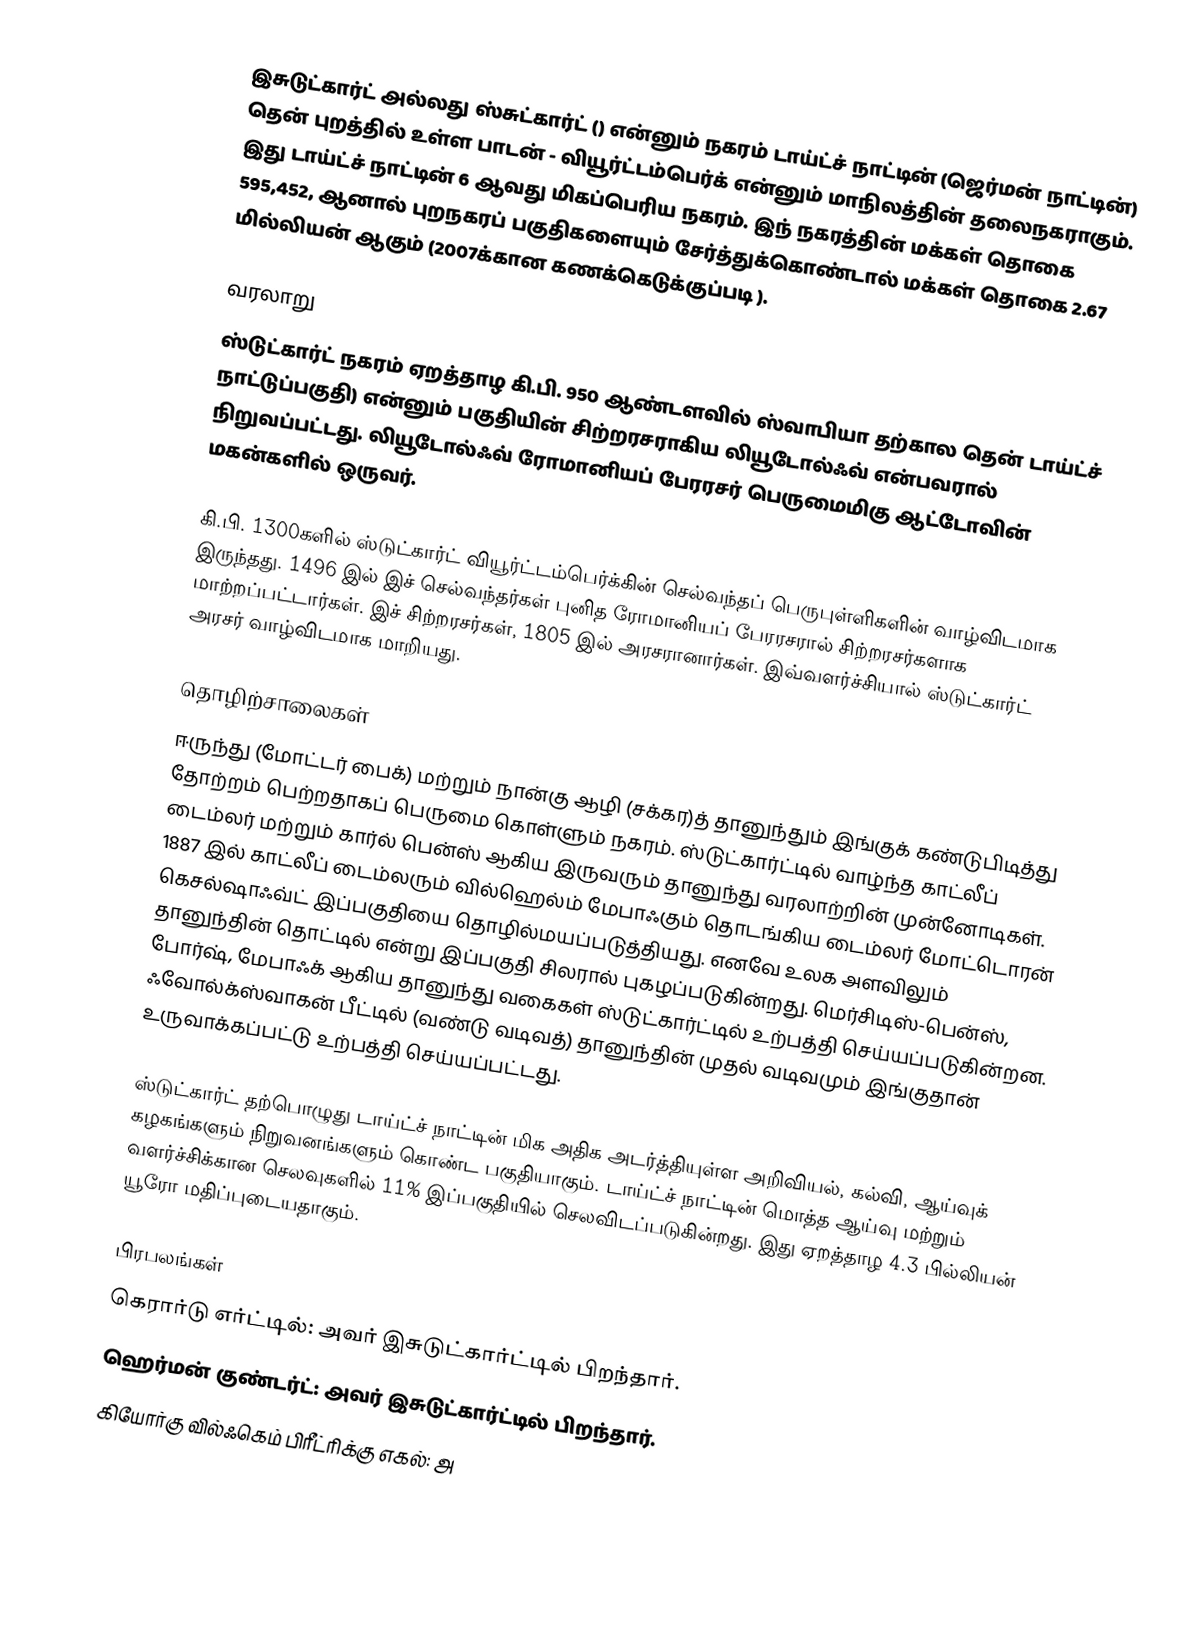
இசுடுட்கார்ட் அல்லது ஸ்சுட்கார்ட் () என்னும் நகரம் டாய்ட்ச் நாட்டின் (ஜெர்மன் நாட்டின்) தென் புறத்தில் உள்ள பாடன் - வியூர்ட்டம்பெர்க் என்னும் மாநிலத்தின் தலைநகராகும். இது டாய்ட்ச் நாட்டின் 6 ஆவது மிகப்பெரிய நகரம். இந் நகரத்தின் மக்கள் தொகை 595,452, ஆனால் புறநகரப் பகுதிகளையும் சேர்த்துக்கொண்டால் மக்கள் தொகை 2.67 மில்லியன் ஆகும் (2007க்கான கணக்கெடுக்குப்படி ).

வரலாறு
ஸ்டுட்கார்ட் நகரம் ஏறத்தாழ கி.பி. 950 ஆண்டளவில் ஸ்வாபியா தற்கால தென் டாய்ட்ச் நாட்டுப்பகுதி) என்னும் பகுதியின் சிற்றரசராகிய லியூடோல்ஃவ் என்பவரால் நிறுவப்பட்டது. லியூடோல்ஃவ் ரோமானியப் பேரரசர் பெருமைமிகு ஆட்டோவின் மகன்களில் ஒருவர்.

கி.பி. 1300களில் ஸ்டுட்கார்ட் வியூர்ட்டம்பெர்க்கின் செல்வந்தப் பெருபுள்ளிகளின் வாழ்விடமாக இருந்தது. 1496 இல் இச் செல்வந்தர்கள் புனித ரோமானியப் பேரரசரால் சிற்றரசர்களாக மாற்றப்பட்டார்கள். இச் சிற்றரசர்கள், 1805 இல் அரசரானார்கள். இவ்வளர்ச்சியால் ஸ்டுட்கார்ட் அரசர் வாழ்விடமாக மாறியது.

தொழிற்சாலைகள்
ஈருந்து (மோட்டர் பைக்) மற்றும் நான்கு ஆழி (சக்கர)த் தானுந்தும் இங்குக் கண்டுபிடித்து தோற்றம் பெற்றதாகப் பெருமை கொள்ளும் நகரம். ஸ்டுட்கார்ட்டில் வாழ்ந்த காட்லீப் டைம்லர் மற்றும் கார்ல் பென்ஸ் ஆகிய இருவரும் தானுந்து வரலாற்றின் முன்னோடிகள். 1887 இல் காட்லீப் டைம்லரும் வில்ஹெல்ம் மேபாஃகும் தொடங்கிய டைம்லர் மோட்டொரன் கெசல்ஷாஃவ்ட் இப்பகுதியை தொழில்மயப்படுத்தியது. எனவே உலக அளவிலும் தானுந்தின் தொட்டில் என்று இப்பகுதி சிலரால் புகழப்படுகின்றது. மெர்சிடிஸ்-பென்ஸ், போர்ஷ், மேபாஃக் ஆகிய தானுந்து வகைகள் ஸ்டுட்கார்ட்டில் உற்பத்தி செய்யப்படுகின்றன. ஃவோல்க்ஸ்வாகன் பீட்டில் (வண்டு வடிவத்) தானுந்தின் முதல் வடிவமும் இங்குதான் உருவாக்கப்பட்டு உற்பத்தி செய்யப்பட்டது.

ஸ்டுட்கார்ட் தற்பொழுது டாய்ட்ச் நாட்டின் மிக அதிக அடர்த்தியுள்ள அறிவியல், கல்வி, ஆய்வுக் கழகங்களும் நிறுவனங்களும் கொண்ட பகுதியாகும். டாய்ட்ச் நாட்டின் மொத்த ஆய்வு மற்றும் வளர்ச்சிக்கான செலவுகளில் 11% இப்பகுதியில் செலவிடப்படுகின்றது. இது ஏறத்தாழ 4.3 பில்லியன் யூரோ மதிப்புடையதாகும்.

பிரபலங்கள்
 கெரார்டு எர்ட்டில்: அவர் இசுடுட்கார்ட்டில் பிறந்தார்.
 ஹெர்மன் குண்டர்ட்: அவர் இசுடுட்கார்ட்டில் பிறந்தார்.
 கியோர்கு வில்ஃகெம் பிரீட்ரிக்கு எகல்: அ